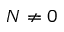
N \ne 0